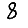
Digit: 8